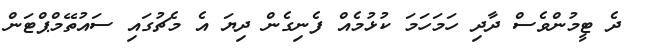
ދެ ޓީމުންވެސް ދާދި ހަމަހަމަ ކުޅުމެއް ފެނިގެން ދިޔަ އެ މެޗުގައި ސައުތޭމްޕްޓަން